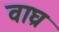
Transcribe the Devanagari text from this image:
वाघ्र